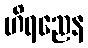
ဟိရညေန